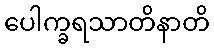
ပေါက္ခရသာတိနာတိ